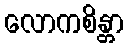
လောကစိန္တာ